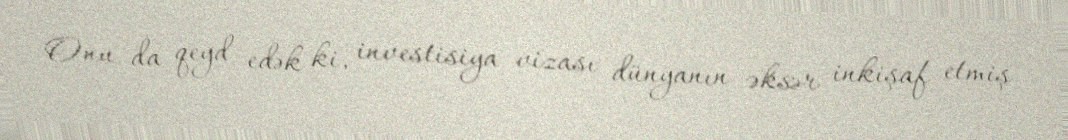
Onu da qeyd edək ki, investisiya vizası dünyanın əksər inkişaf etmiş